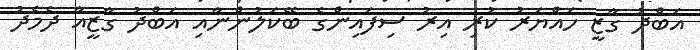
އަބްދު ގާޒީ ހައްޔަރު ކުރި އިރު ސިފައިންގެ ބޭކަލުންނާއި އަބްދު ގާޒީއާ ދެމެދު